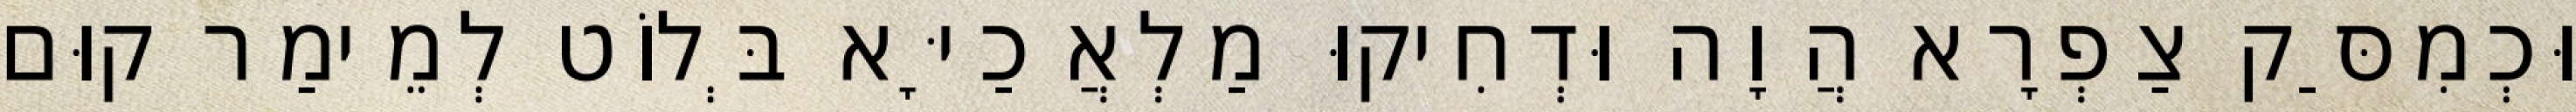
וּכְמִסַּק צַפְרָא הֲוָה וּדְחִיקוּ מַלְאֲכַיָּא בְּלוֹט לְמֵימַר קוּם